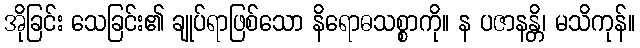
အိုခြင်း သေခြင်း၏ ချုပ်ရာဖြစ်သော နိရောဓသစ္စာကို။ န ပဇာနန္တိ၊ မသိကုန်။